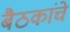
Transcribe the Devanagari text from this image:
बैठकांचे